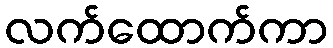
လက်ထောက်ကာ